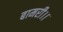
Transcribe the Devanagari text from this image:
बामरी।।